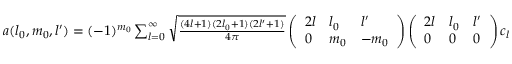
\begin{array} { r } { a ( l _ { 0 } , m _ { 0 } , l ^ { \prime } ) = ( - 1 ) ^ { m _ { 0 } } \sum _ { l = 0 } ^ { \infty } \sqrt { \frac { ( 4 l + 1 ) ( 2 l _ { 0 } + 1 ) ( 2 l ^ { \prime } + 1 ) } { 4 \pi } } \left( \begin{array} { l l l } { 2 l } & { l _ { 0 } } & { l ^ { \prime } } \\ { 0 } & { m _ { 0 } } & { - m _ { 0 } } \end{array} \right) \left( \begin{array} { l l l } { 2 l } & { l _ { 0 } } & { l ^ { \prime } } \\ { 0 } & { 0 } & { 0 } \end{array} \right) c _ { l } } \end{array}